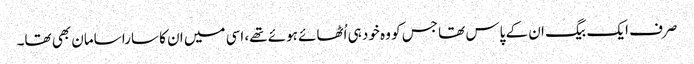
صرف ایک بیگ ان کے پاس تھا جس کو وہ خود ہی اُٹھائے ہوئے تھے، اسی میں ان کا سارا سامان بھی تھا۔